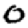
Digit: 0